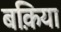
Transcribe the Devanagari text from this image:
बक़िया